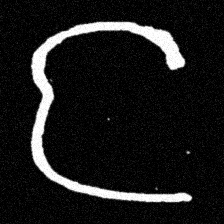
Pyu character \u2014 Myanmar letter: င (romanized: nga)